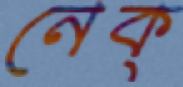
নেক্